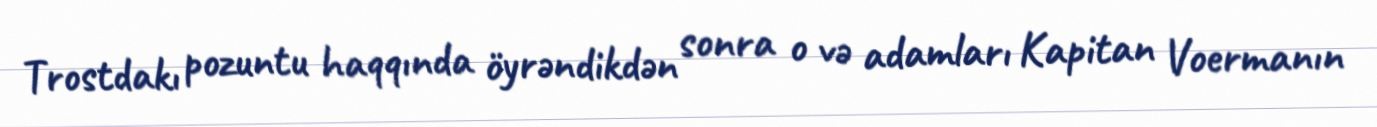
Trostdakı pozuntu haqqında öyrəndikdən sonra o və adamları Kapitan Voermanın